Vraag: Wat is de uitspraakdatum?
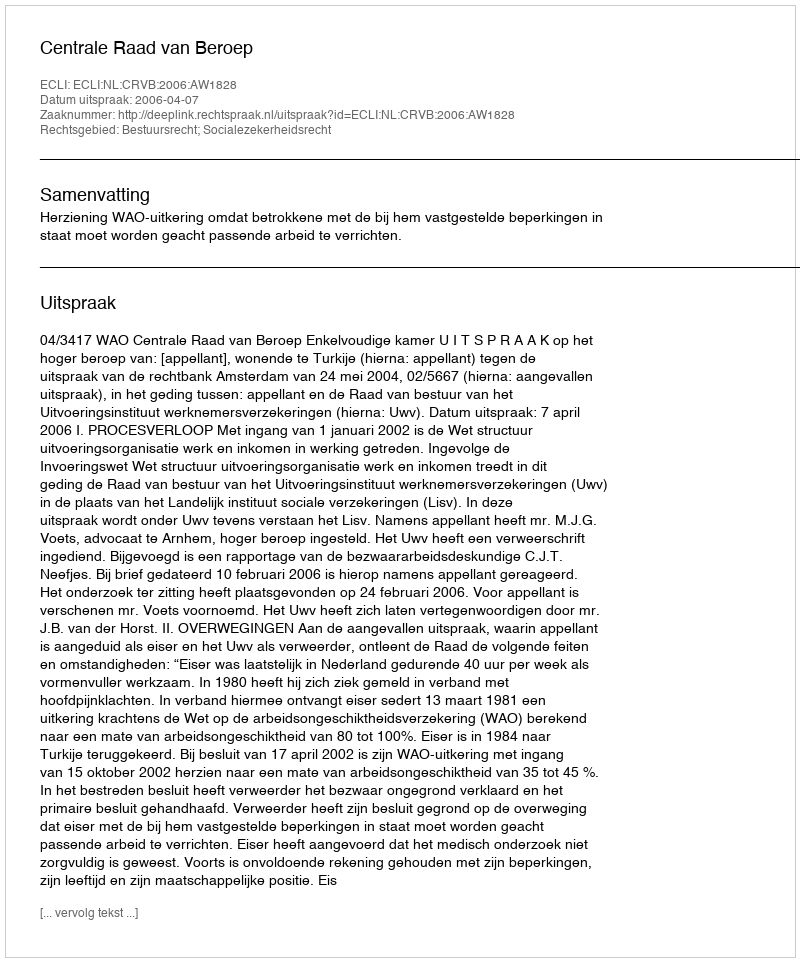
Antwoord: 2006-04-07